65_HS1-834228961_62-HQ-83894_Section_9
Agency: FBI
Page 40
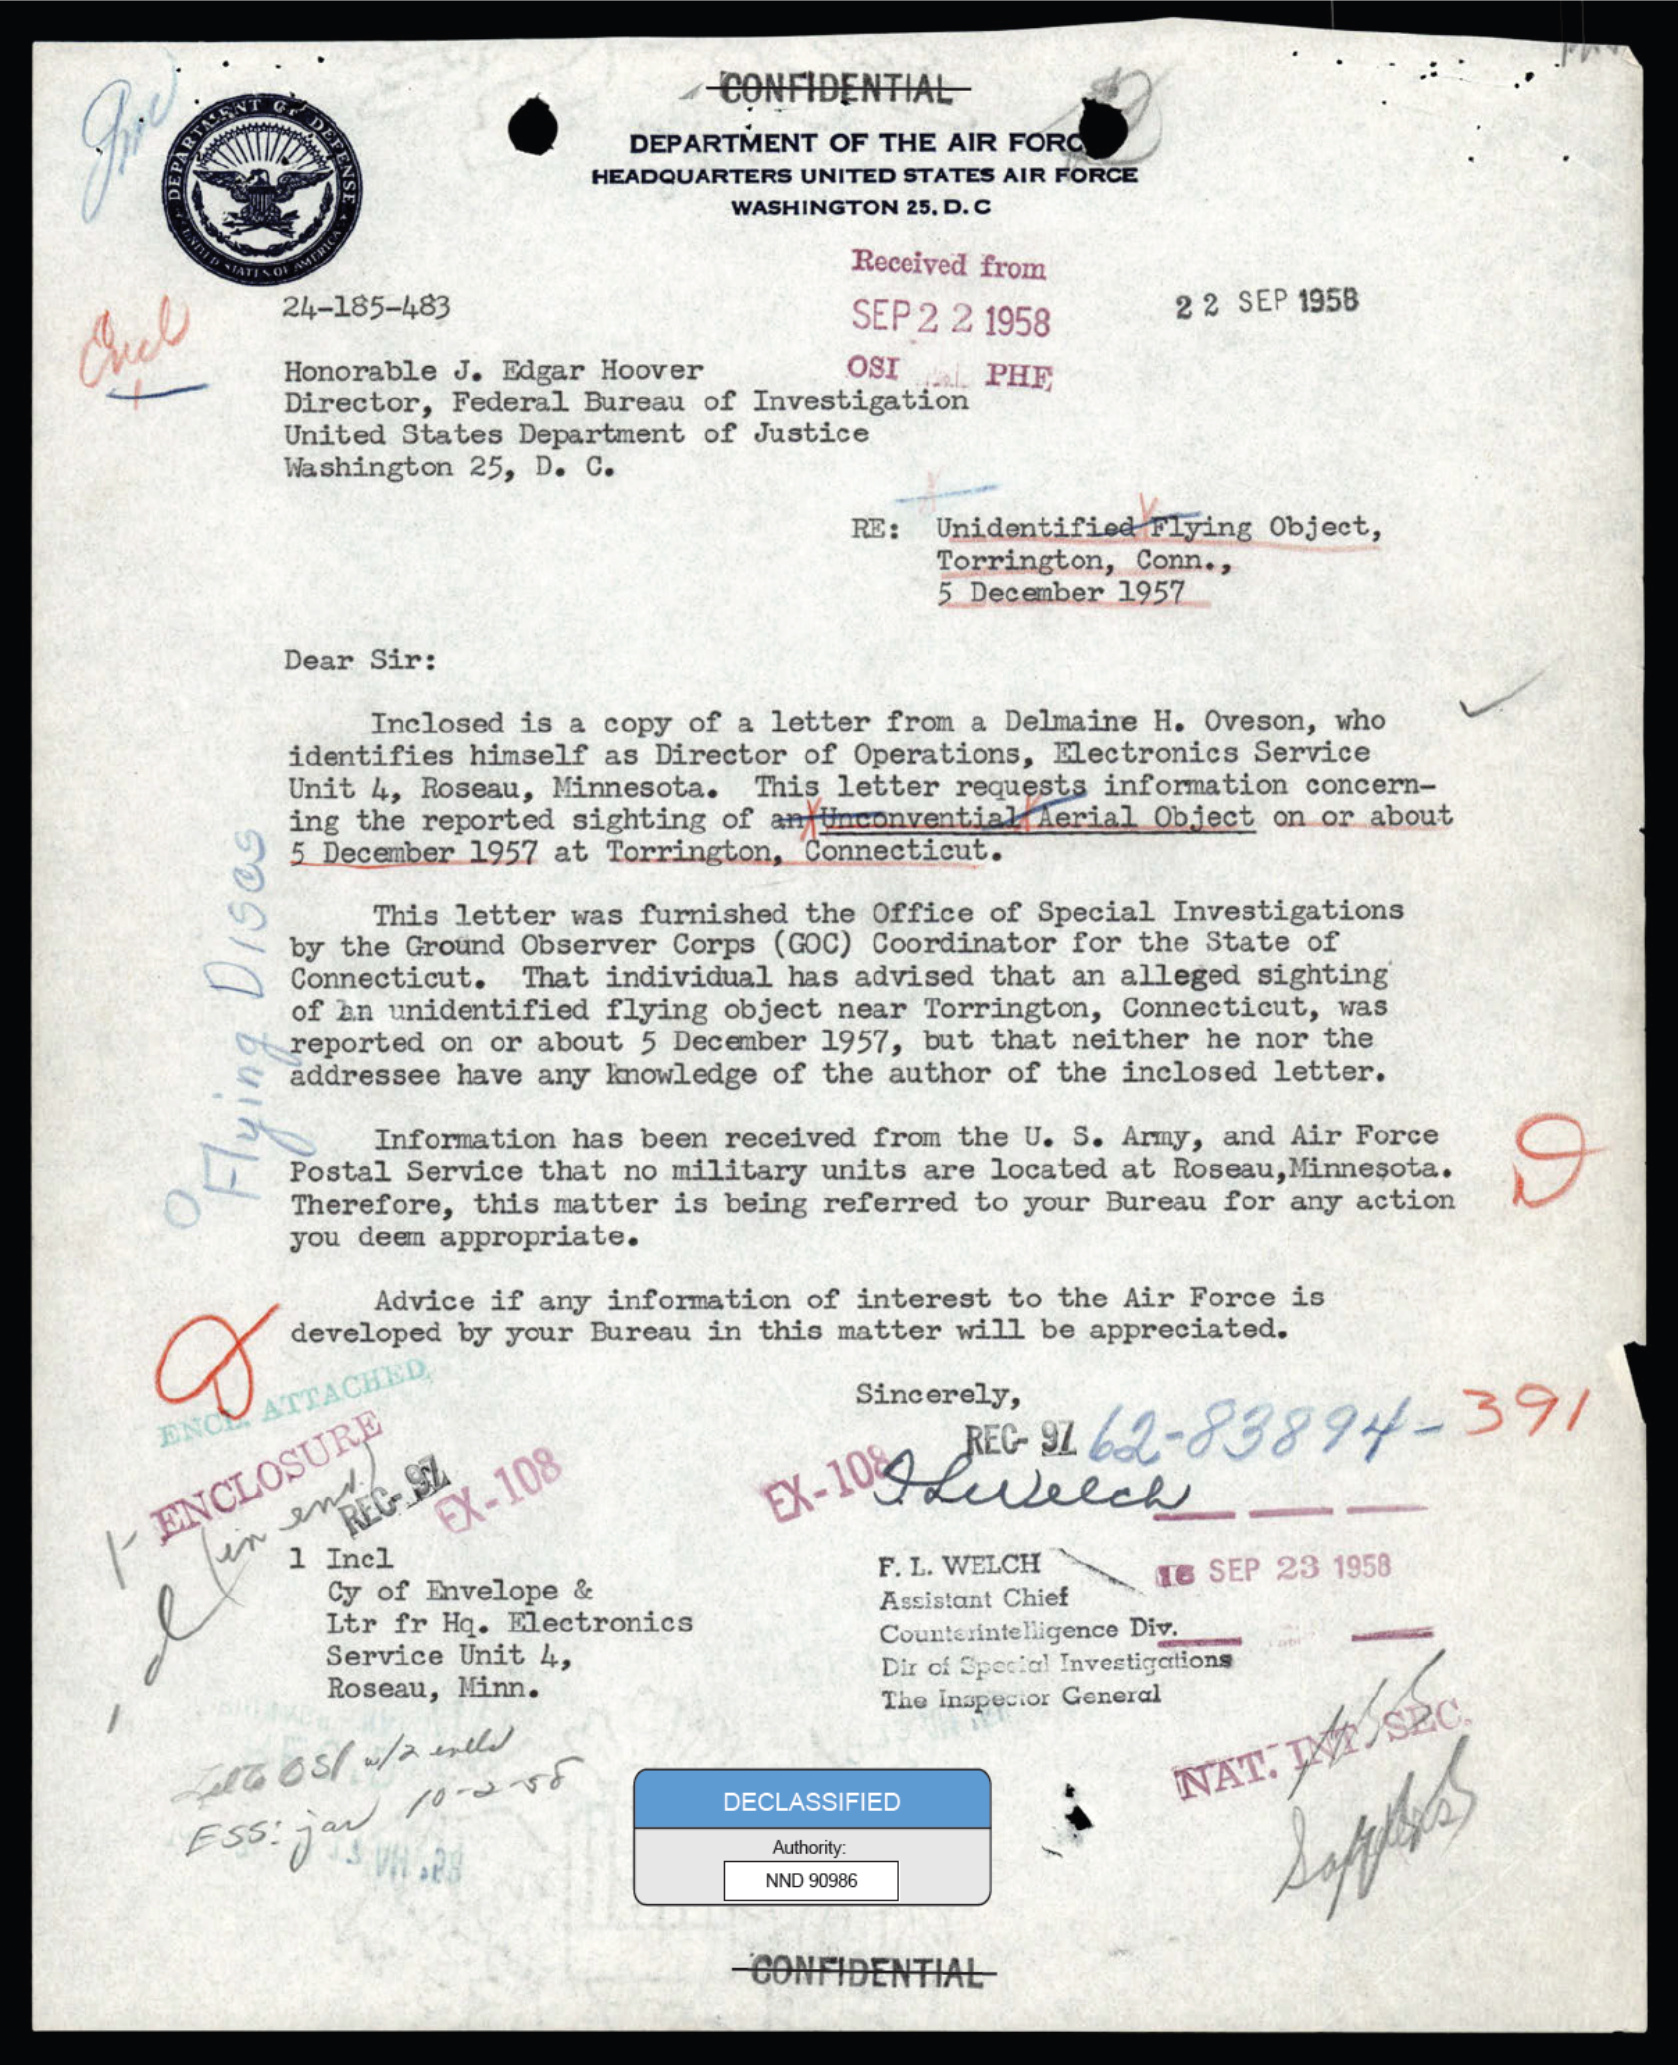